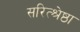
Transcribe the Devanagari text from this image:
सरित्श्रेष्ठा